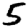
Digit: 5